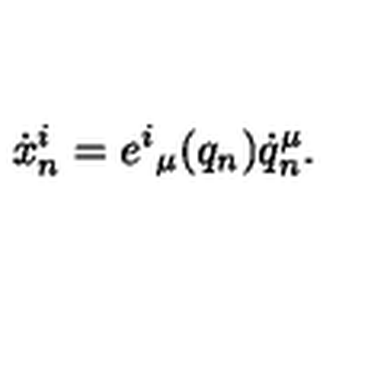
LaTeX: \dot { x } _ { n } ^ { i } = e ^ { i } { } _ { \mu } ( q _ { n } ) \dot { q } _ { n } ^ { \mu } .